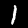
Label: 1